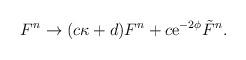
LaTeX: \begin{align*}F^n \rightarrow (c\kappa+d) F^n+ c {\rm e}^{-2\phi} {\tilde F}^n.\end{align*}